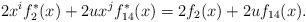
LaTeX: \begin{align*}2x^if_2^*(x)+2ux^jf_{14}^*(x)=2f_2(x)+2uf_{14}(x).\end{align*}